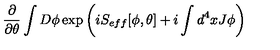
\frac { \partial } { \partial \theta } \int D \phi \exp \left( i S _ { e f f } [ \phi , \theta ] + i \int d ^ { 4 } x J \phi \right)